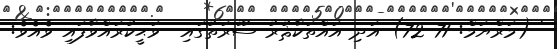
' (މަރްޔަމް: 71 72) އަދި އައްތަކާޘުރު ސޫރަތުގައި  ވަޙީކުރައްވާފައި ވެއެވެ: